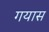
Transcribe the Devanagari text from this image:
गयास